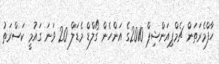
ހާފްމެރަތަން ޗެމްޕިއަންޝިޕް 2010ގެ އަންހެން ގޯލްޑް މެޑަލް 20 ވަނަ ގައުމީ ކަސްރަތު